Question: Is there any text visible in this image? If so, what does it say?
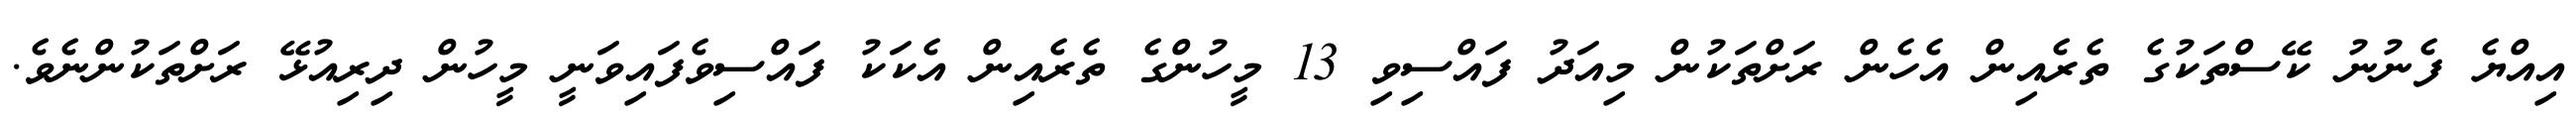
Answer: އިއްޔެ ފެނުނު ކޭސްތަކުގެ ތެރެއިން އެހެން ރަށްތަކުން މިއަދު ފައްސިވި 13 މީހުންގެ ތެރެއިން އެކަކު ފައްސިވެފައިވަނީ މީހުން ދިރިއުޅޭ ރަށްތަކުންނެވެ.